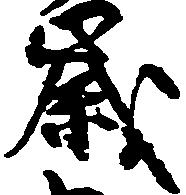
歳